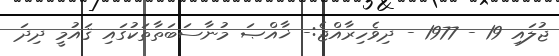
ޖުލައި 19 - 1977 - ދިވެހިރާއްޖެ:- ޚާއްޞަ މުނާސަބަތާތަކުގައި ޤައުމީ ދިދަ